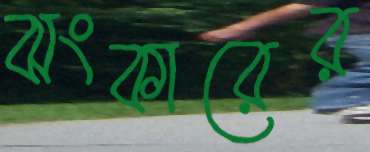
ঝংকারের